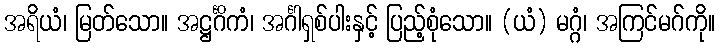
အရိယံ၊ မြတ်သော။ အဋ္ဌင်္ဂိကံ၊ အင်္ဂါရှစ်ပါးနှင့် ပြည့်စုံသော။ (ယံ) မဂ္ဂံ၊ အကြင်မဂ်ကို။